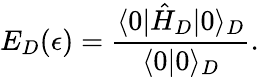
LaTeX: E_{D}(\epsilon)={\frac{\langle 0|\hat{H}_{D}|0\rangle_{D}}{\langle 0|0\rangle_{D}}}.